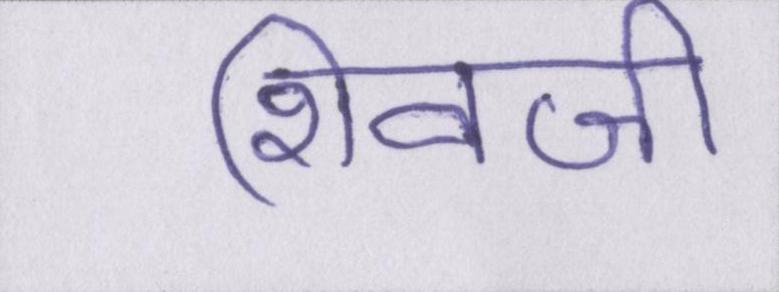
शिवजी